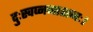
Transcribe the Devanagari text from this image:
दुःस्वप्ननाशनः।